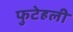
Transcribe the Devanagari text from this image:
फुटेहली